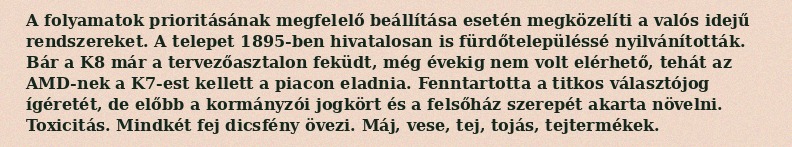
A folyamatok prioritásának megfelelő beállítása esetén megközelíti a valós idejű rendszereket. A telepet 1895-ben hivatalosan is fürdőtelepüléssé nyilvánították. Bár a K8 már a tervezőasztalon feküdt, még évekig nem volt elérhető, tehát az AMD-nek a K7-est kellett a piacon eladnia. Fenntartotta a titkos választójog ígéretét, de előbb a kormányzói jogkört és a felsőház szerepét akarta növelni. Toxicitás. Mindkét fej dicsfény övezi. Máj, vese, tej, tojás, tejtermékek.